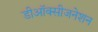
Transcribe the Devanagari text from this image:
डीऑक्सीजनेशन